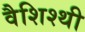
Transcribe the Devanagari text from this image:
वैशिश्थी